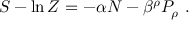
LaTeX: S - \ln { \cal Z } = - \alpha { \cal N } - \beta ^ { \rho } { \cal P } _ { \rho } \ .